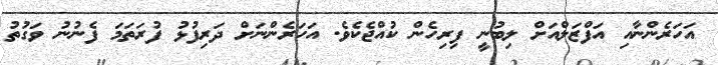
އަހަރެންނާއި އަފްޒަލްއަށް ލިބުނީ ފިރިހެން ކުއްޖެކެވެ. އަހަރެންނަށް ދަރިފުޅު ފުރަތަމަ ފެނުނު ވަގުތު